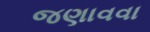
જણાવવા